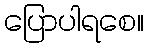
ပြောပါရစေ။